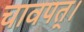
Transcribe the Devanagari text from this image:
चावपत्।